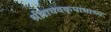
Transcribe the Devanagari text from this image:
श्रीराघवकृपाभाष्य